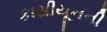
કાસીયૂનની